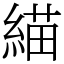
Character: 緢